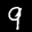
Label: 9